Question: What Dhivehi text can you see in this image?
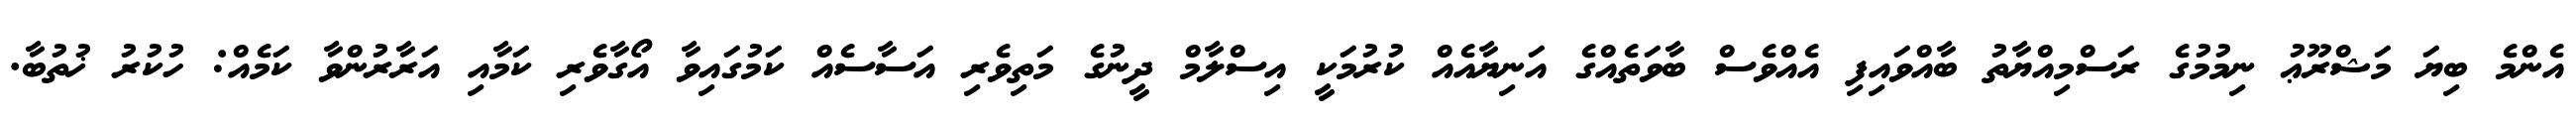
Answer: އެންމެ ބިޔަ މަޝްރޫޢު ނިމުމުގެ ރަސްމިއްޔާތު ބާއްވައިފި އެއްވެސް ބާވަތެއްގެ އަނިޔާއެއް ކުރުމަކީ އިސްލާމް ދީނުގެ މަތިވެރި އަސާސެއް ކަމުގައިވާ އޯގާވެރި ކަމާއި އަރާރުންވާ ކަމެއް: ހުކުރު ޚުތުބާ.